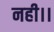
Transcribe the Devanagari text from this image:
नही।।